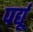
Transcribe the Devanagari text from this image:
पर्द्यू